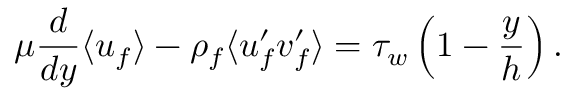
\mu \frac { d } { d y } \langle u _ { f } \rangle - \rho _ { f } \langle u _ { f } ^ { \prime } v _ { f } ^ { \prime } \rangle = \tau _ { w } \left( 1 - \frac { y } { h } \right) .